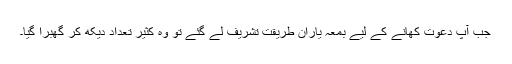
جب آپ دعوت کھانے کے لیے بمعہ یارانِ طریقت تشریف لے گئے تو وہ کثیر تعداد دیکھ کر گھبرا گیا۔